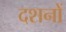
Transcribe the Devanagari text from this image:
दशनों